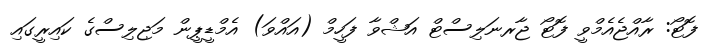
ފޮޓޯ: ރާއްޖެއެމްވީ ފޮޓޯ ޖާރނަލިސްޓް އަޝްވާ ފަހީމް (އައްވަ) އެމްޑީޕީން މަޖިލިސްގެ ކައިރީގައި